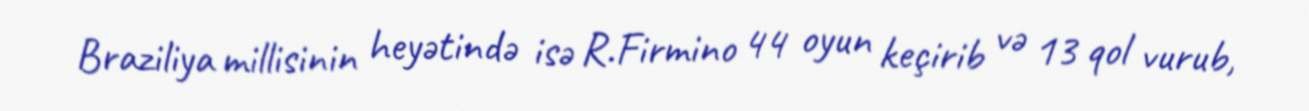
Braziliya millisinin heyətində isə R.Firmino 44 oyun keçirib və 13 qol vurub,